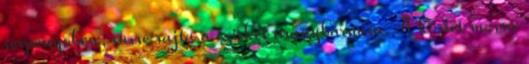
serpenyőben, süsse rajta a csirkét aranybarnára. A körtét mossa